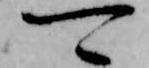
可